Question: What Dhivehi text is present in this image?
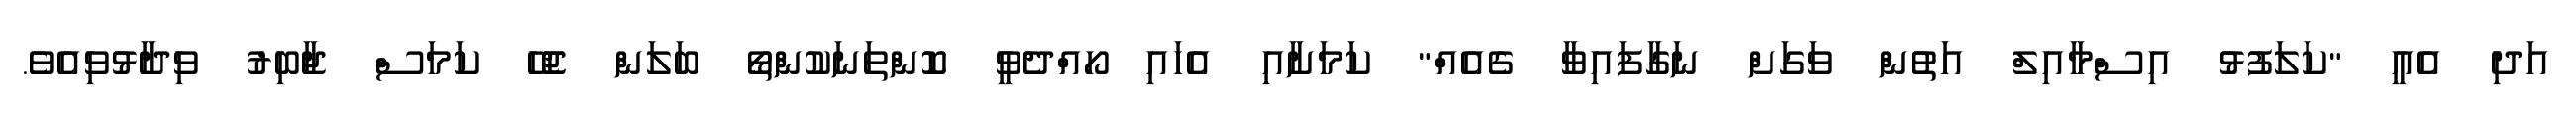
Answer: އަދި އެއީ "ކަލަފުޅު އިސްމާއިލް އަތުން ވަގަށް ނަގާފައިވާ ގެއެއް" ކަމަށާއި އެހައި ހޯއްދެވީ ކޮންތަނަކުންތޯ ބަލަން ޖެހޭ ކަމަސް ޖާބިރު ވިދާޅުވިއެވެ.